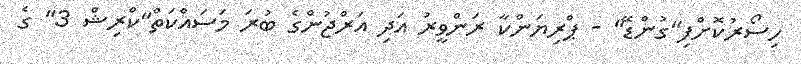
ހިސޯރުކޮށްފި"ގުންޑޭ" - ޕްރިޔަންކާ ރަންވީރު އަދި އަރްޖުންގެ ބުރަ މަސައްކަތް"ކްރިޝް 3" ގެ